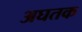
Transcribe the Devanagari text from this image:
अघतक